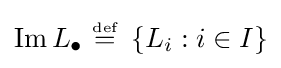
\operatorname {Im} L_{\bullet }~{\stackrel {\scriptscriptstyle {\text{def}}}{=}}~\left\{L_{i}:i\in I\right\}